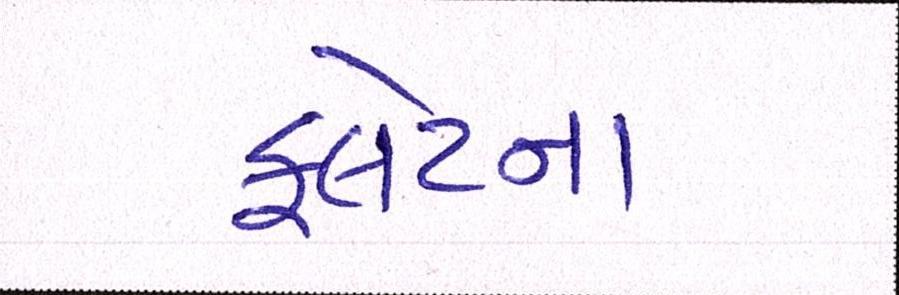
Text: ફ્લેટના